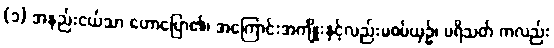
(၁) အနည်းငယ်သာ ဟောပြော၏၊ အကြောင်းအကျိုးနှင့်လည်းမစပ်ယှဉ်၊ ပရိသတ် ကလည်း